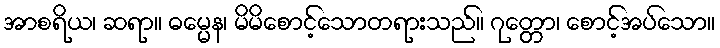
အာစရိယ၊ ဆရာ။ ဓမ္မေန၊ မိမိစောင့်သောတရားသည်။ ဂုတ္တော၊ စောင့်အပ်သော။